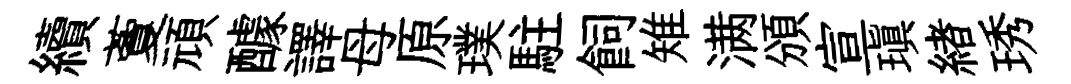
續藑頑醵譯母原璞駐飼雉满頒宣瑱緖琇